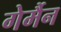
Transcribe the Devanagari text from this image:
गेर्मैन